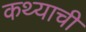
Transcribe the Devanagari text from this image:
कथ्याची